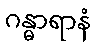
ဂန္ဓာရာနံ